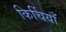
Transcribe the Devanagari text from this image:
किर्चियाँ